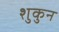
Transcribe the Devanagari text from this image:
शुकुन